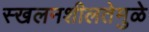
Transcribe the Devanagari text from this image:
स्खलनशीलतेमुळे